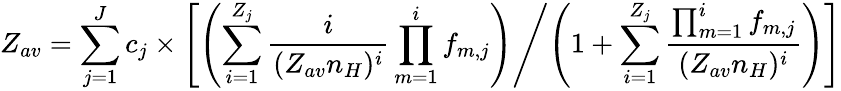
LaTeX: Z_{av}=\sum_{j=1}^{J}c_{j}\times\left[\left(\sum_{i=1}^{Z_{j}}\frac{i}{(Z_{av}n_{H})^{i}}\prod_{m=1}^{i}f_{m,j}\right)\middle/\left(1+\sum_{i=1}^{Z_{j}}\frac{\prod_{m=1}^{i}f_{m,j}}{(Z_{av}n_{H})^{i}}\right)\right]